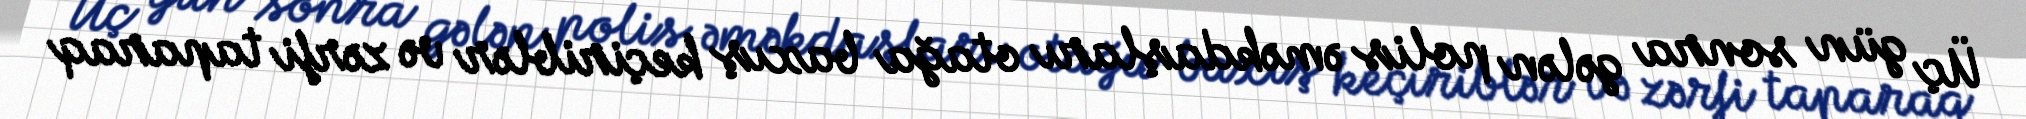
Üç gün sonra gələn polis əməkdaşları otağa baxış keçiriblər və zərfi taparaq